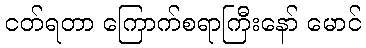
ငတ်ရတာ ကြောက်စရာကြီးနော် မောင်